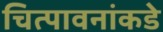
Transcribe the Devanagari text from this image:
चित्पावनांकडे